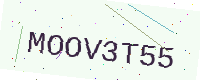
Text: MOOV3T55